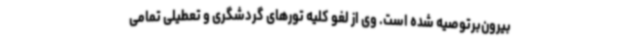
بیرون‌برتوصیه شده است. وی از لغو کلیه تورهای گردشگری و تعطیلی تمامی